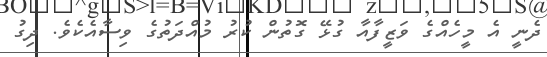
ދެނީ އެ މީހެއްގެ ވަޒީފާއާ ގުޅޭ ގޮތުން ކުރު މުއްދަތުގެ ވިސާއެކެވެ. ދިގު